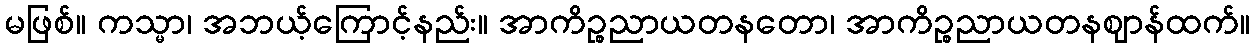
မဖြစ်။ ကသ္မာ၊ အဘယ့်ကြောင့်နည်း။ အာကိဉ္စညာယတနတော၊ အာကိဉ္စညာယတနဈာန်ထက်။